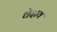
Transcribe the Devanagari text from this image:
वेदाय